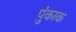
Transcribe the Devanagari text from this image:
पुंकाक